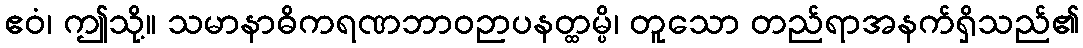
ဧဝံ၊ ဤသို့။ သမာနာဓိကရဏဘာဝဉာပနတ္ထမ္ပိ၊ တူသော တည်ရာအနက်ရှိသည်၏